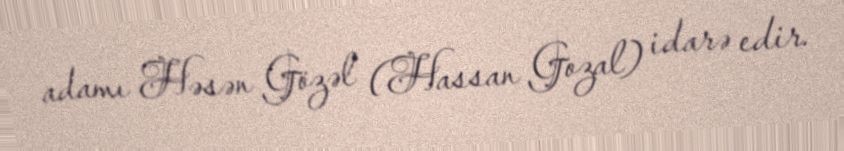
adamı Həsən Gözəl (Hassan Gozal) idarə edir.